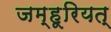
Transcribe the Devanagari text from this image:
जम्हूरियत्